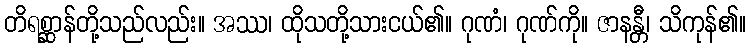
တိရစ္ဆာန်တို့သည်လည်း။ အဿ၊ ထိုသတို့သားငယ်၏။ ဂုဏံ၊ ဂုဏ်ကို။ ဇာနန္တီ၊ သိကုန်၏။